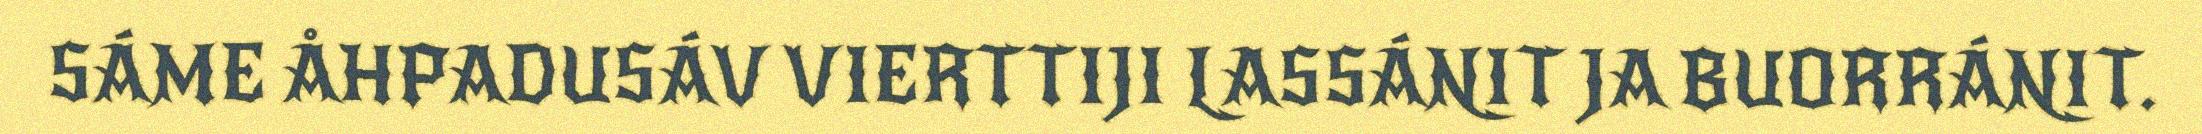
SÁME ÅHPADUSÁV VIERTTIJI LASSÁNIT JA BUORRÁNIT.